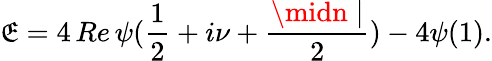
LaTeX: \mathfrak{E}=4\, Re\, \psi(\frac{1}{2}+i\nu+\frac{{\midn\mid}}{2})-4\psi(1).